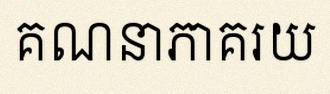
គណនាភាគរយ